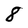
Character: 8